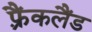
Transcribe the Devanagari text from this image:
फ़्रैंकलैंड